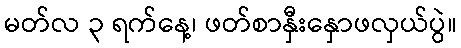
မတ်လ ၃ ရက်နေ့၊ ဖတ်စာနှီးနှောဖလှယ်ပွဲ။